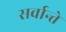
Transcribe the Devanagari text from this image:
सर्वान्ते